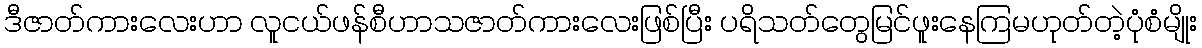
ဒီဇာတ်ကားလေးဟာ လူငယ်ဖန်စီဟာသဇာတ်ကားလေးဖြစ်ပြီး ပရိသတ်တွေမြင်ဖူးနေကြမဟုတ်တဲ့ပုံစံမျိုး